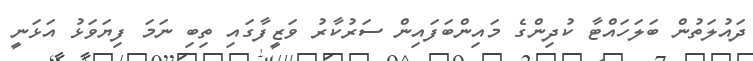
ދައުލަތުން ބަލަހައްޓާ ކުދިންގެ މައިންބަފައިން ސަރުކާރު ވަޒީފާގައި ތިބި ނަމަ ފިޔަވަޅު އަޅަނީ